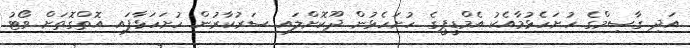
އަދި ގާސިމްގެ ހުށަހެޅުމާއެކު އެމްޑީޕީގެ ހުށަހެޅުން ދޫކޮށްލައި ސަރުކާރުން ހުށަހަޅާފައި އޮތްގޮތަށް ވޯޓު